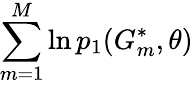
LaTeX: \sum_{m=1}^{M}\ln p_{1}(G_{m}^{*},\theta)